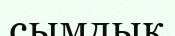
сымдық